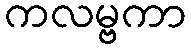
ကလမ္ဗကာ